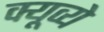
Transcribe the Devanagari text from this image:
क्यूव्ये